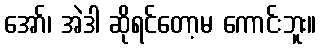
အော်၊ အဲဒါ ဆိုရင်တော့မ ကောင်းဘူး။